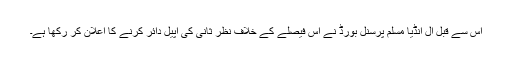
اس سے قبل آل انڈیا مسلم پرسنل بورڈ نے اس فیصلے کے خلاف نظر ثانی کی اپیل دائر کرنے کا اعلان کر رکھا ہے۔